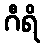
ဂီရိ